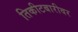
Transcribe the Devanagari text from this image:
तिकीटबारीवर